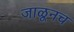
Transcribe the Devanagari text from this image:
जाळूनच